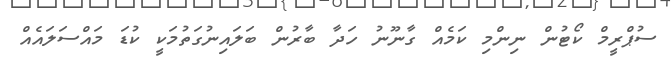
ސުޕްރީމް ކޯޓުން ނިންމި ކަމެއް ގާނޫނު ހަދާ ބާރުން ބަލައިނުގަތުމަކީ ކުޑަ މައްސަލައެއް